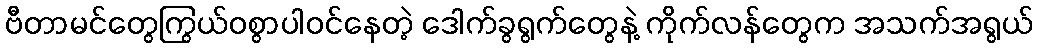
ဗီတာမင်တွေကြွယ်ဝစွာပါဝင်နေတဲ့ ဒေါက်ခွရွက်တွေနဲ့ ကိုက်လန်တွေက အသက်အရွယ်